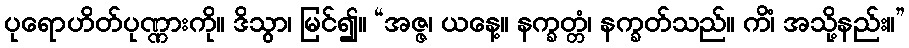
ပုရောဟိတ်ပုဏ္ဏားကို။ ဒိသွာ၊ မြင်၍။ “အဇ္ဇ၊ ယနေ့။ နက္ခတ္တံ၊ နက္ခတ်သည်။ ကိံ၊ အသို့နည်း။”